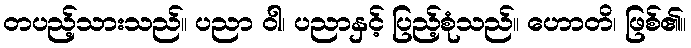
တပည့်သားသည်။ ပညာ ဝါ၊ ပညာနှင့် ပြည့်စုံသည်။ ဟောတိ၊ ဖြစ်၏။